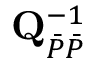
\mathbf { Q } _ { \Bar { P } \Bar { P } } ^ { - 1 }